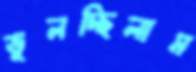
ভুলচ্ছিলাম